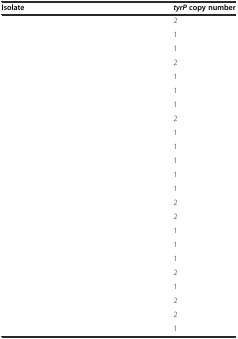
<table><thead><tr><td><b>Isolate</b></td><td><b><i>tyrP</i>copy number</b></td></tr></thead><tbody><tr><td>[EMPTY_CELL]</td><td>2</td></tr><tr><td>[EMPTY_CELL]</td><td>1</td></tr><tr><td>[EMPTY_CELL]</td><td>1</td></tr><tr><td>[EMPTY_CELL]</td><td>2</td></tr><tr><td>[EMPTY_CELL]</td><td>1</td></tr><tr><td>[EMPTY_CELL]</td><td>1</td></tr><tr><td>[EMPTY_CELL]</td><td>1</td></tr><tr><td>[EMPTY_CELL]</td><td>2</td></tr><tr><td>[EMPTY_CELL]</td><td>1</td></tr><tr><td>[EMPTY_CELL]</td><td>1</td></tr><tr><td>[EMPTY_CELL]</td><td>1</td></tr><tr><td>[EMPTY_CELL]</td><td>1</td></tr><tr><td>[EMPTY_CELL]</td><td>1</td></tr><tr><td>[EMPTY_CELL]</td><td>2</td></tr><tr><td>[EMPTY_CELL]</td><td>2</td></tr><tr><td>[EMPTY_CELL]</td><td>1</td></tr><tr><td>[EMPTY_CELL]</td><td>1</td></tr><tr><td>[EMPTY_CELL]</td><td>1</td></tr><tr><td>[EMPTY_CELL]</td><td>2</td></tr><tr><td>[EMPTY_CELL]</td><td>1</td></tr><tr><td>[EMPTY_CELL]</td><td>2</td></tr><tr><td>[EMPTY_CELL]</td><td>2</td></tr><tr><td>[EMPTY_CELL]</td><td>1</td></tr></tbody></table>